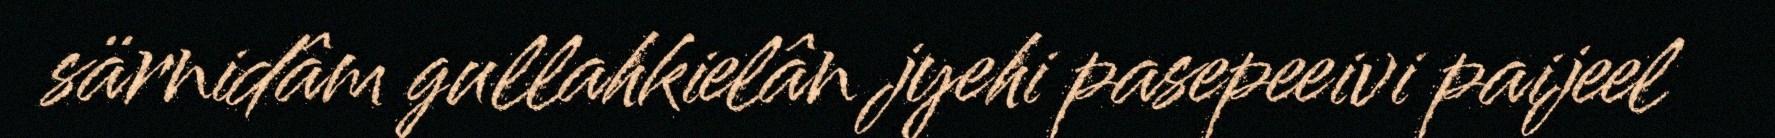
särnidâm gullahkielân jyehi pasepeeivi paijeel